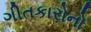
ગીતકારોનો